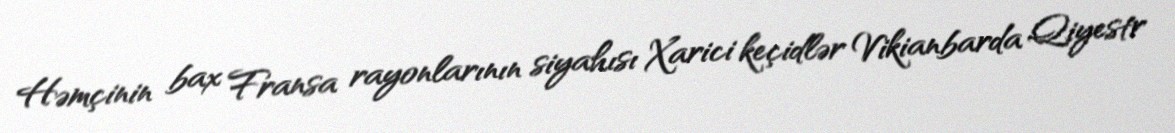
Həmçinin bax Fransa rayonlarının siyahısı Xarici keçidlər Vikianbarda Qiyestr